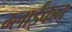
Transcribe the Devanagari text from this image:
ग्लाईकन